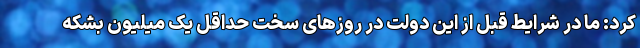
کرد: ما در شرایط قبل از این دولت در روزهای سخت حداقل یک میلیون بشکه